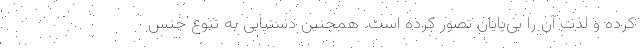
کرده و لذت آن را بی‌پایان تصور کرده است. همچنین دستیابی به تنوع جنس